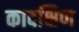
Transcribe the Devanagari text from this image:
कादक्षिण